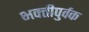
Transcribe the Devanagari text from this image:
भक्‍तीपुर्वक